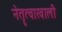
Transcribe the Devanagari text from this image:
नेतॄत्वाखाली